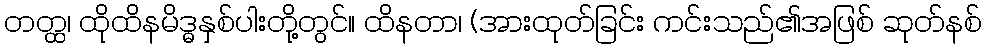
တတ္ထ၊ ထိုထိနမိဒ္ဓနှစ်ပါးတို့တွင်။ ထိနတာ၊ (အားထုတ်ခြင်း ကင်းသည်၏အဖြစ် ဆုတ်နစ်